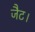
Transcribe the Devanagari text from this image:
जैट।